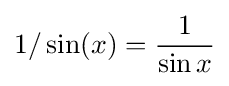
1/\sin(x)={\frac {1}{\sin x}}